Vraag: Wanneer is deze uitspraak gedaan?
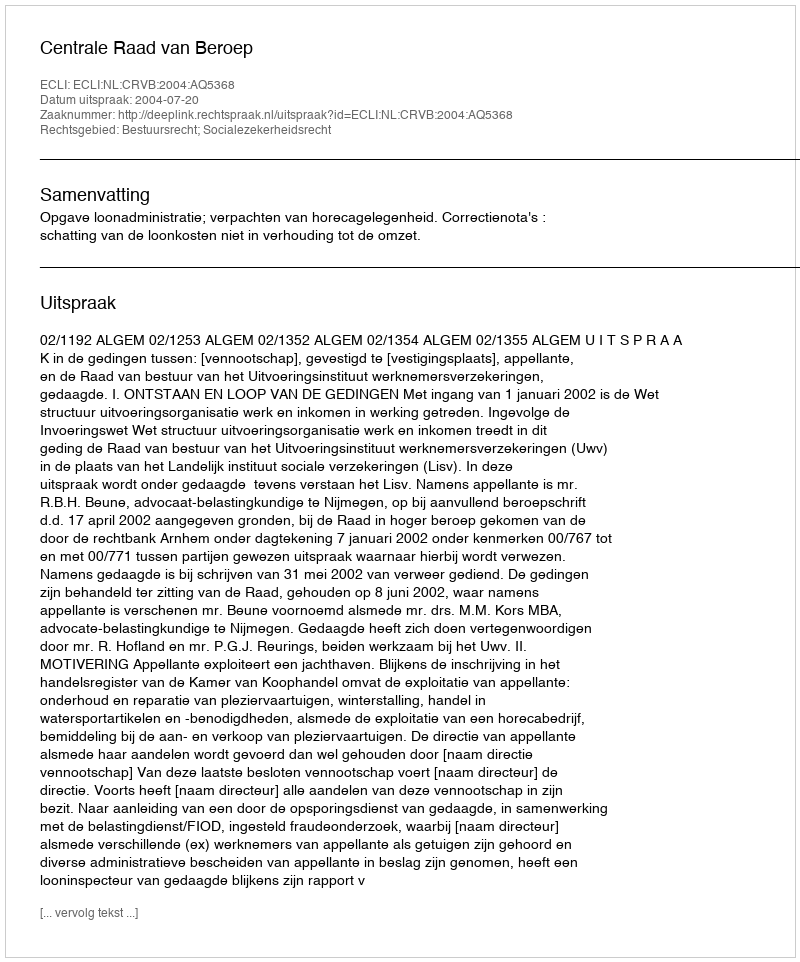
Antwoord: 2004-07-20